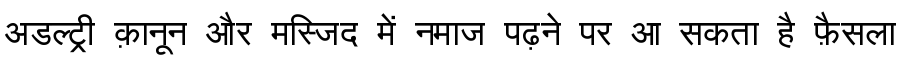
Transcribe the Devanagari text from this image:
अडल्ट्री क़ानून और मस्जिद में नमाज पढ़ने पर आ सकता है फ़ैसला